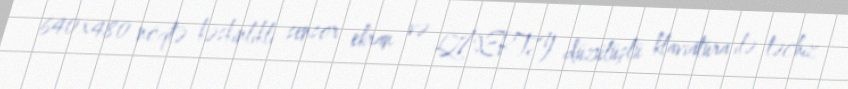
640×480 nöqtə kəskinlikli sensor ekran və QWERTY düzülüşlü klaviatura ilə təchiz